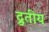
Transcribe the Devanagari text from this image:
द्रुतीय